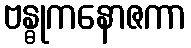
ဗန္ဓုကနောဇကာ